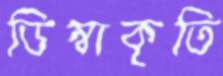
ডিম্বাকৃতি